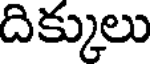
దిక్కులు